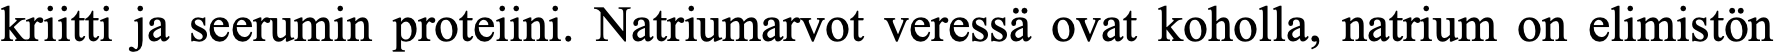
kriitti ja seerumin proteiini. Natriumarvot veressä ovat koholla, natrium on elimistön